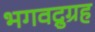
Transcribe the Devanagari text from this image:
भगवद्नुग्रह